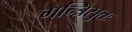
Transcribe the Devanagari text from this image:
मन्त्रिसुतः